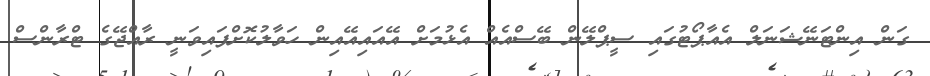
ގަން އިންޓަނޭޝަނަލް އެއާޕޯޓުގައި ސީޕްލޭން ބޭސްއެއް އެޅުމަށް އޭއައިއޭއިން ހަވާލުކޮށްފައިވަނީ ރާއްޖޭގެ ޓްރާންސް